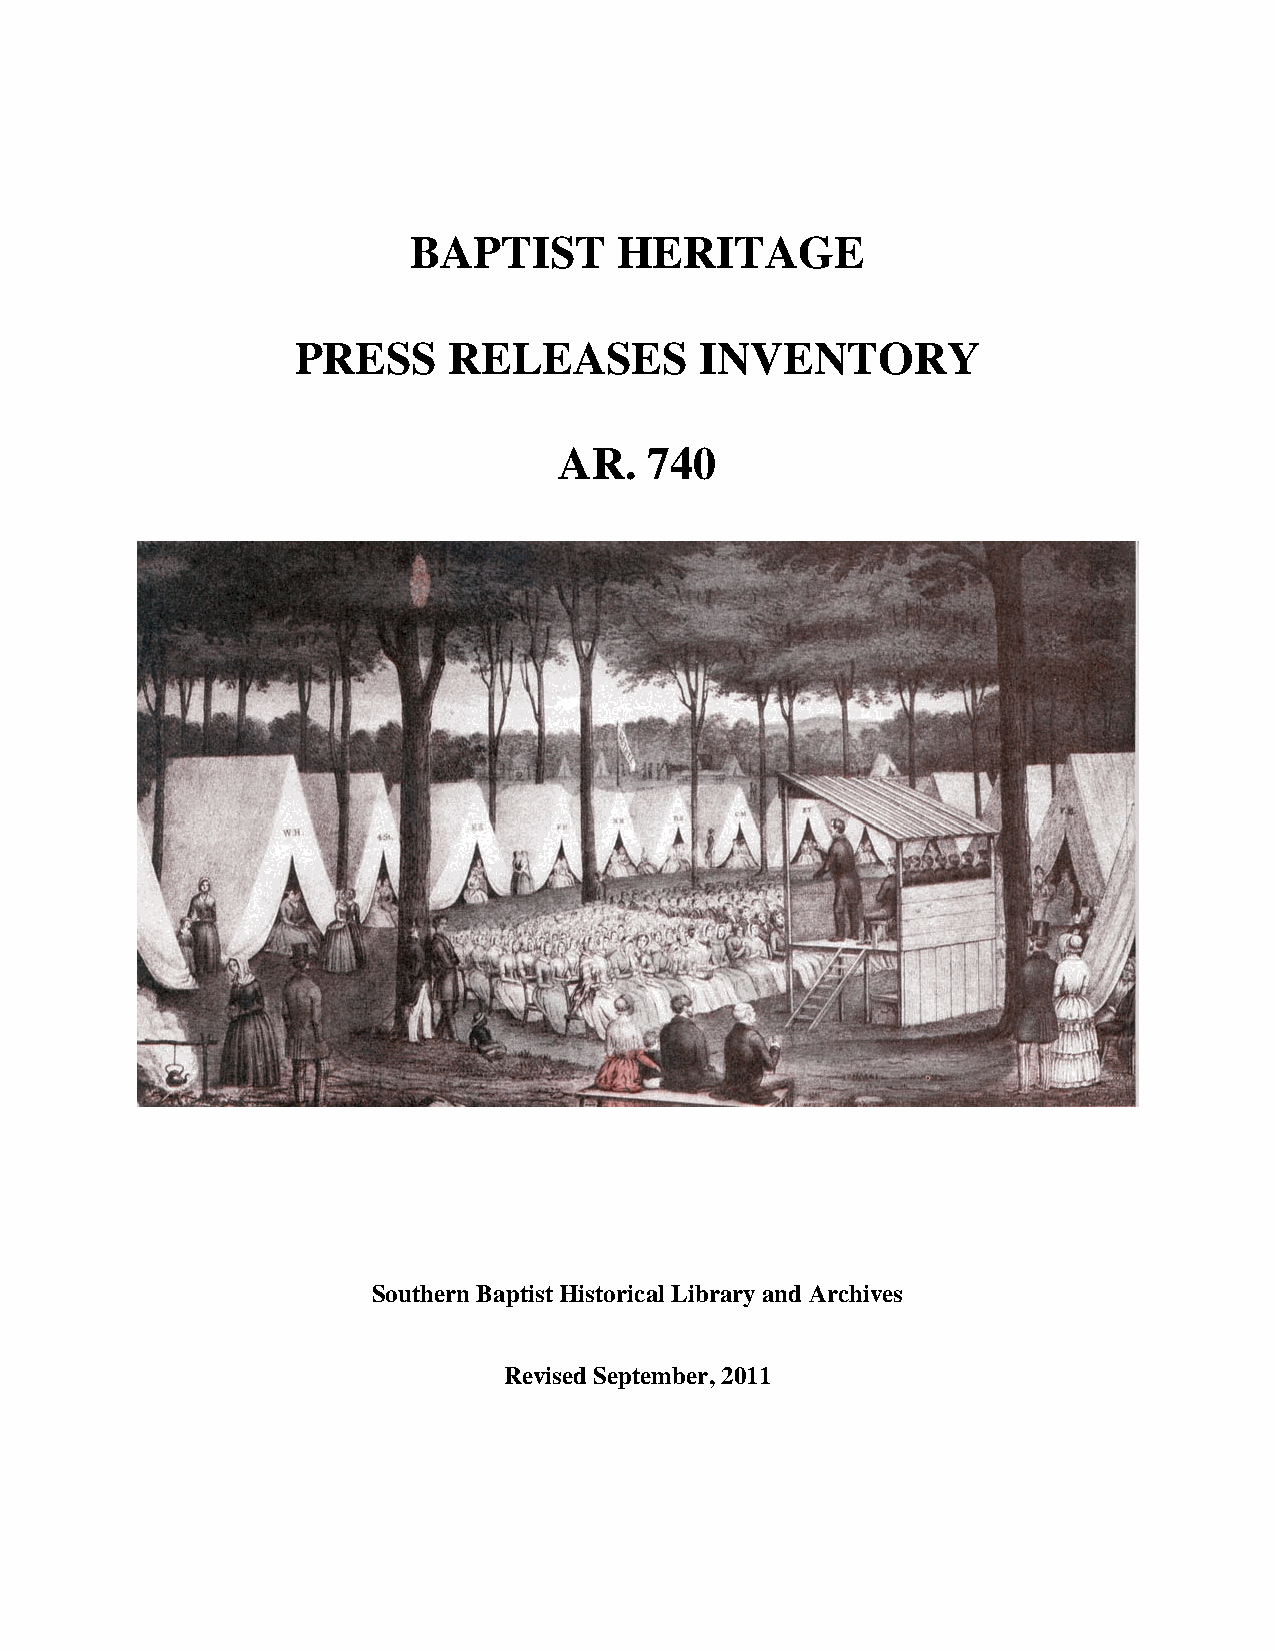
BAPTIST       HERITAGE
 PRESS     RELEASES        INVENTORY
 AR.   740
 Southern Baptist Historical Library and Archives
 Revised September, 2011